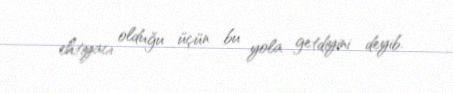
ehtiyacı olduğu üçün bu yola getdiyini deyib.